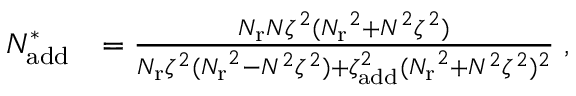
\begin{array} { r l } { N _ { \mathrm { a d d } } ^ { * } } & { = \frac { { N _ { \mathrm { r } } } N \zeta ^ { 2 } ( { N _ { \mathrm { r } } } ^ { 2 } + N ^ { 2 } \zeta ^ { 2 } ) } { { N _ { \mathrm { r } } } \zeta ^ { 2 } ( { N _ { \mathrm { r } } } ^ { 2 } - N ^ { 2 } \zeta ^ { 2 } ) + \zeta _ { \mathrm { a d d } } ^ { 2 } ( { N _ { \mathrm { r } } } ^ { 2 } + N ^ { 2 } \zeta ^ { 2 } ) ^ { 2 } } \; , } \end{array}